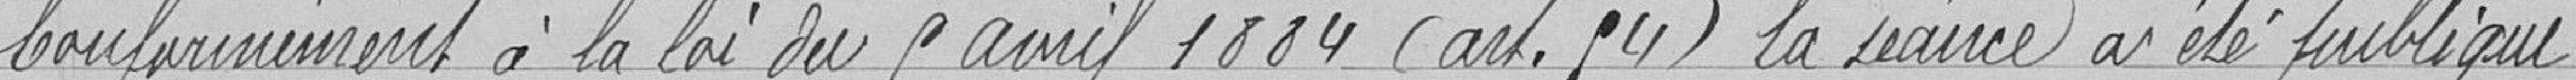
Conformément à la loi du 9 avril 1884 (art. 94) la séance a été publique.